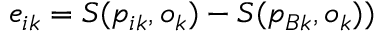
e _ { i k } = S ( p _ { i k } , o _ { k } ) - S ( p _ { B k } , o _ { k } ) )